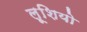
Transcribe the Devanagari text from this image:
लूशियो